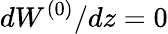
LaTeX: dW^{(0)}/dz=0